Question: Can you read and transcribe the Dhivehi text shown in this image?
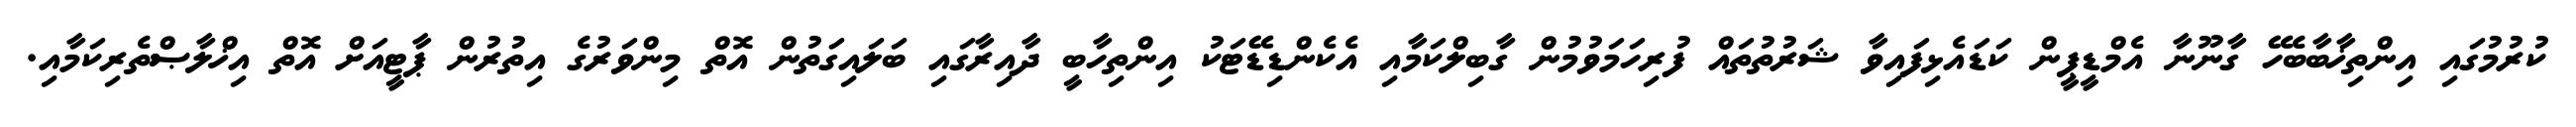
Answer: ކުރުމުގައި އިންތިޚާބާބެހޭ ގާނޫނާ އެމްޑީޕީން ކަޑައެޅިފައިވާ ޝަރުތުތައް ފުރިހަމަވުމުން ގާބިލްކަމާއި އެކެންޑިޑޭޓަކު އިންތިހާބީ ދާއިރާގައި ބަލައިގަތުން އޮތް މިންވަރުގެ އިތުރުން ޕާޓީއަށް އޮތް އިޚްލާޞްތެރިކަމާއި.